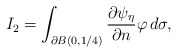
\begin{align*} \aligned I_2 & = \int_{\partial B(0, 1/4)} \frac{\partial \psi_\eta}{\partial n} \varphi\, d\sigma,\\ \endaligned \end{align*}